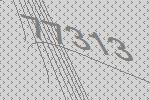
77313